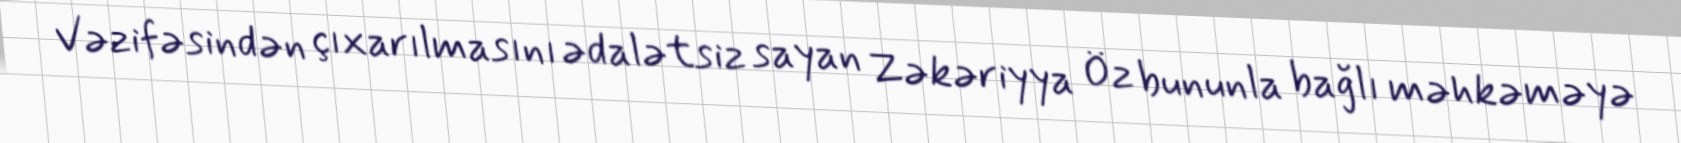
Vəzifəsindən çıxarılmasını ədalətsiz sayan Zəkəriyya Öz bununla bağlı məhkəməyə